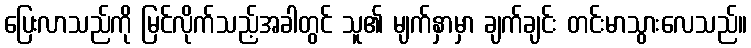
ပြေးလာသည်ကို မြင်လိုက်သည့်အခါတွင် သူ၏ မျက်နှာမှာ ချက်ချင်း တင်းမာသွားလေသည်။